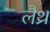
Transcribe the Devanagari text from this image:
लैथ्र